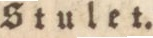
Stulet.